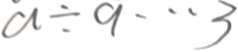
a \div 9 \cdots 3